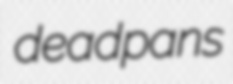
deadpans